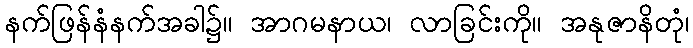
နက်ဖြန်နံနက်အခါ၌။ အာဂမနာယ၊ လာခြင်းကို။ အနုဇာနိတုံ၊